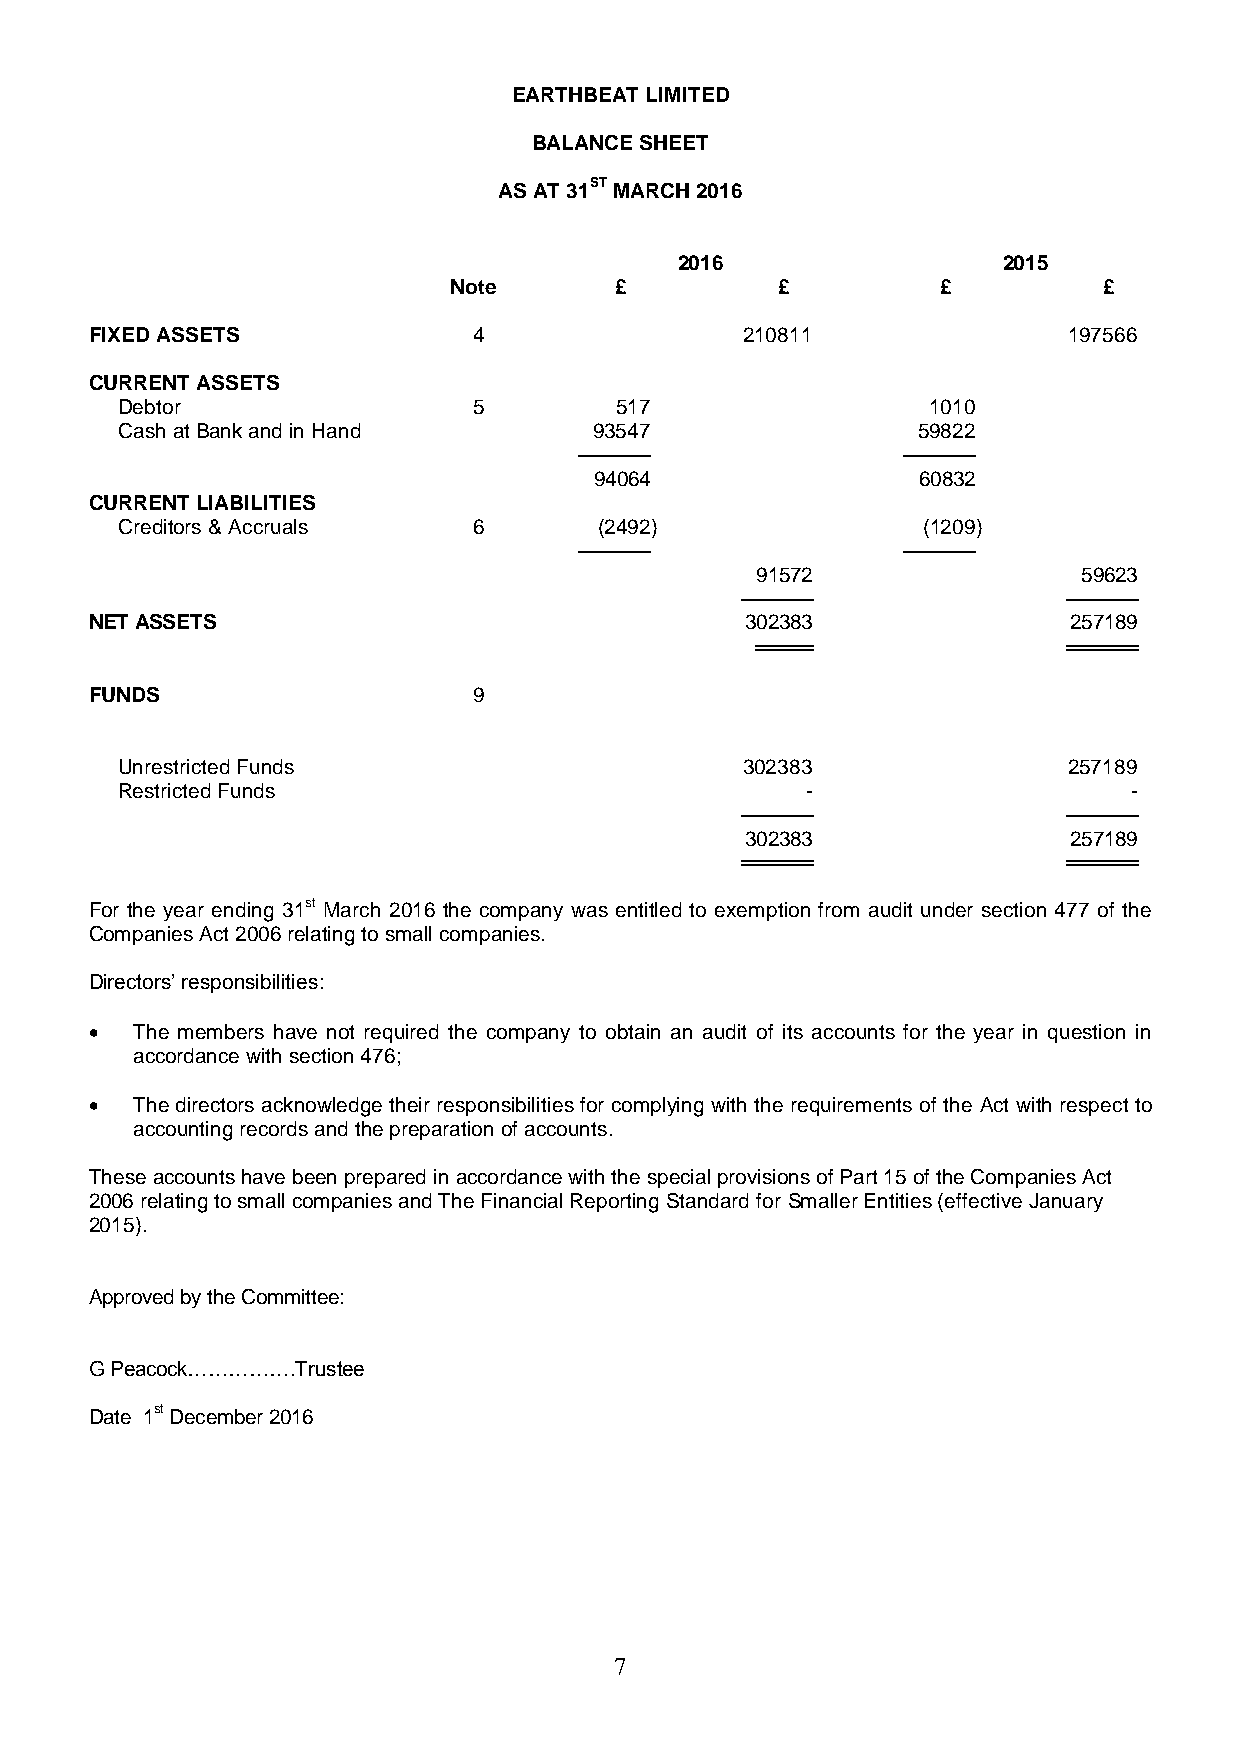
EARTHBEAT LIMITED
 BALANCE SHEET
 AS AT 31ST MARCH 2016
 2016                 2015
 Note       £         £          £          £
 FIXED ASSETS             4                 210811                197566
 CURRENT ASSETS
 Debtor                 5         517                 1010
 Cash at Bank and in Hand       93547                 59822
 ─────                 ─────
 94064                 60832
 CURRENT LIABILITIES
 Creditors & Accruals   6        (2492)               (1209)
 ─────                 ─────
 91572                 59623
 ─────                 ─────
 NET ASSETS                                 302383                257189
 ════                 ═════
 FUNDS                    9
 Unrestricted Funds                       302383                257189
 Restricted Funds                             -                     -
 ─────                 ─────
 302383                257189
 ═════                 ═════
 For the year ending 31st March 2016 the company was entitled to exemption from audit under section 477 of the
 Companies Act 2006 relating to small companies.
 Directors’ responsibilities:
   The members have not required the company to obtain an audit of its accounts for the year in question in
 accordance with section 476;
   The directors acknowledge their responsibilities for complying with the requirements of the Act with respect to
 accounting records and the preparation of accounts.
 These accounts have been prepared in accordance with the special provisions of Part 15 of the Companies Act
 2006 relating to small companies and The Financial Reporting Standard for Smaller Entities (effective January
 2015).
 Approved by the Committee:
 G Peacock…………….Trustee
 Date 1st December 2016
 7